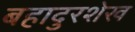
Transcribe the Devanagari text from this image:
बहादुरशेख